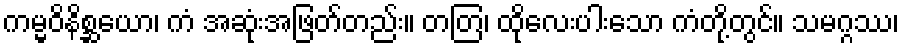
ကမ္မဝိနိစ္ဆယော၊ ကံ အဆုံးအဖြတ်တည်း။ တတြ၊ ထိုလေးပါးသော ကံတို့တွင်။ သမဂ္ဂဿ၊